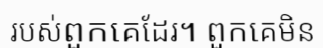
របស់ពួកគេដែរ។ ពួកគេមិន